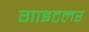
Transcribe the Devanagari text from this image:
गाइटलर